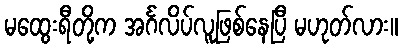
မထွေးရီတို့က အင်္ဂလိပ်လူဖြစ်နေပြီ မဟုတ်လား။